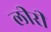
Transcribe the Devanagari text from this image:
लीरी